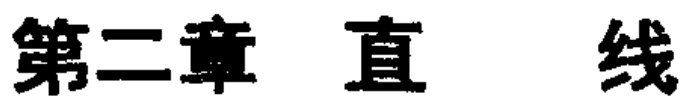
第二章 直 线